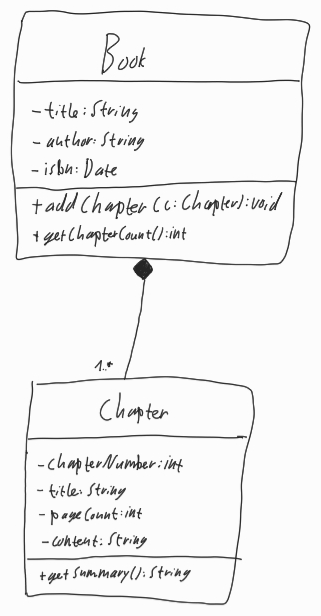
Diagram type: class_diagram
```plantuml
@startuml

class Book {
  - title: String
  - author: String
  - isbn: Date
  + addChapter(c: Chapter): void
  + getChapterCount(): int
}

class Chapter {
  - chapterNumber: int
  - title: String
  - pageCount: int
  - content: String
  + getSummary(): String
}

Book *-- "1..*" Chapter

@enduml
```